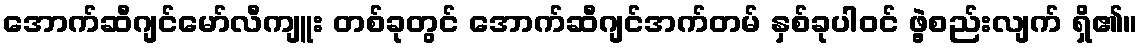
အောက်ဆီဂျင်မော်လီကျူး တစ်ခုတွင် အောက်ဆီဂျင်အက်တမ် နှစ်ခုပါဝင် ဖွဲ့စည်းလျက် ရှိ၏။